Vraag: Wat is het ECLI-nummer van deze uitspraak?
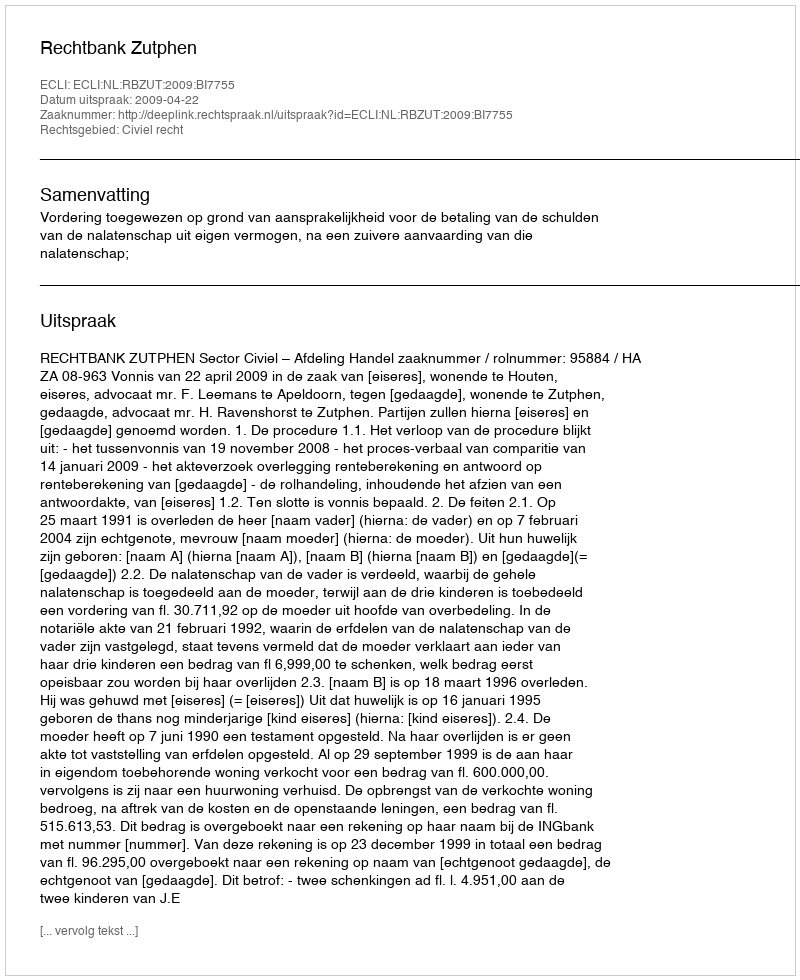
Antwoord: ECLI:NL:RBZUT:2009:BI7755